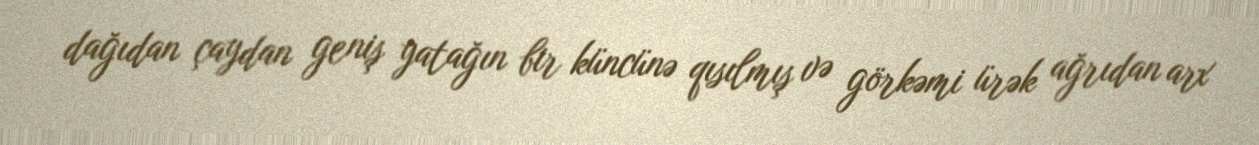
dağıdan çaydan geniş yatağın bir küncünə qısılmış və görkəmi ürək ağrıdan arx